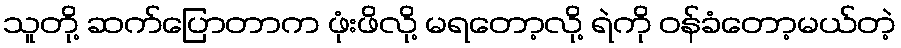
သူတို့ ဆက်ပြောတာက ဖုံးဖိလို့ မရတော့လို့ ရဲကို ဝန်ခံတော့မယ်တဲ့